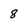
Character: 8